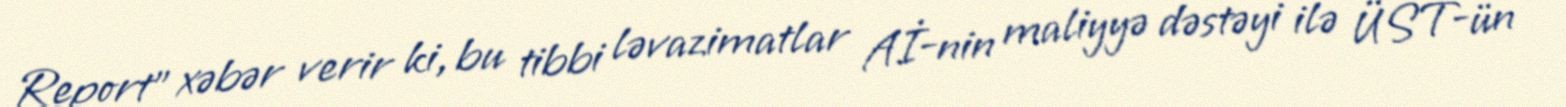
Report" xəbər verir ki, bu tibbi ləvazimatlar Aİ-nin maliyyə dəstəyi ilə ÜST-ün